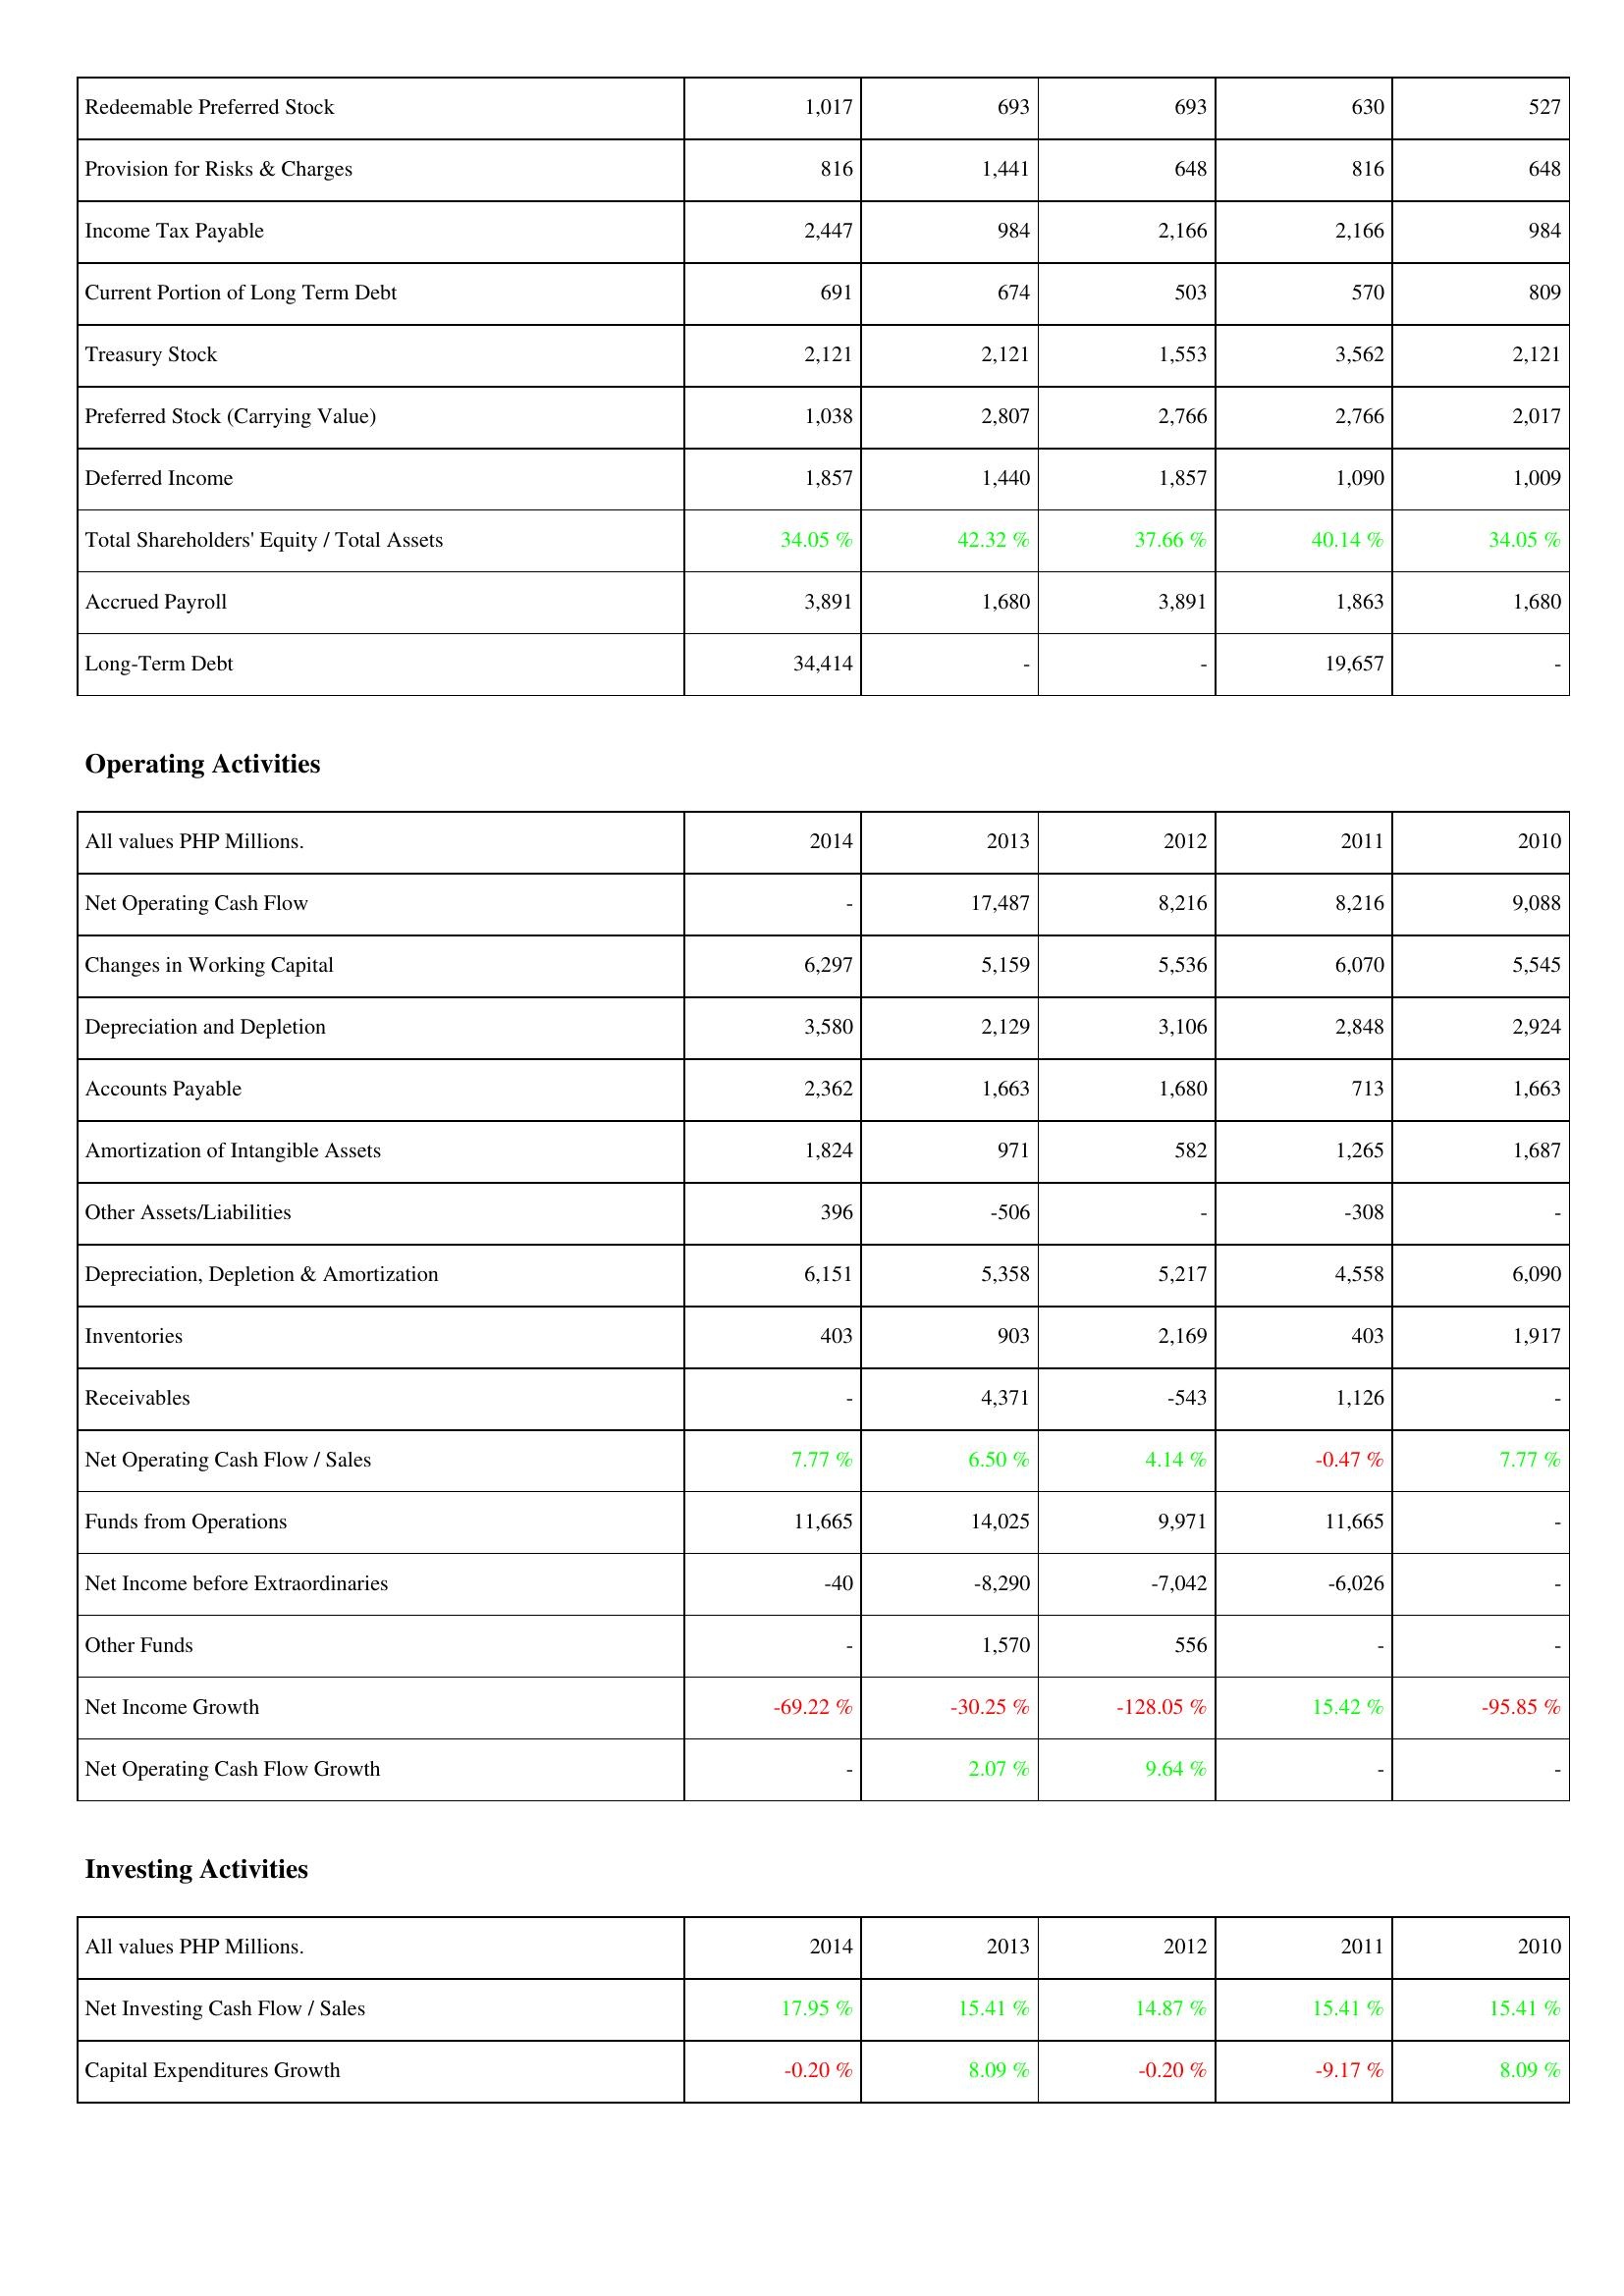
2014: Liabilities & Shareholders' Equity: Redeemable Preferred Stock: 1,017
Provision for Risks & Charges: 816
Income Tax Payable: 2,447
Current Portion of Long Term Debt: 691
Treasury Stock: 2,121
Preferred Stock (Carrying Value): 1,038
Deferred Income: 1,857
Total Shareholders' Equity / Total Assets: 34.05 %
Accrued Payroll: 3,891
Long-Term Debt: 34,414
Operating Activities: Net Operating Cash Flow: -
Changes in Working Capital: 6,297
Depreciation and Depletion: 3,580
Accounts Payable: 2,362
Amortization of Intangible Assets: 1,824
Other Assets/Liabilities: 396
Depreciation, Depletion & Amortization: 6,151
Inventories: 403
Receivables: -
Net Operating Cash Flow / Sales: 7.77 %
Funds from Operations: 11,665
Net Income before Extraordinaries: -40
Other Funds: -
Net Income Growth: -69.22 %
Net Operating Cash Flow Growth: -
Investing Activities: Net Investing Cash Flow / Sales: 17.95 %
Capital Expenditures Growth: -0.20 %
2013: Liabilities & Shareholders' Equity: Redeemable Preferred Stock: 693
Provision for Risks & Charges: 1,441
Income Tax Payable: 984
Current Portion of Long Term Debt: 674
Treasury Stock: 2,121
Preferred Stock (Carrying Value): 2,807
Deferred Income: 1,440
Total Shareholders' Equity / Total Assets: 42.32 %
Accrued Payroll: 1,680
Long-Term Debt: -
Operating Activities: Net Operating Cash Flow: 17,487
Changes in Working Capital: 5,159
Depreciation and Depletion: 2,129
Accounts Payable: 1,663
Amortization of Intangible Assets: 971
Other Assets/Liabilities: -506
Depreciation, Depletion & Amortization: 5,358
Inventories: 903
Receivables: 4,371
Net Operating Cash Flow / Sales: 6.50 %
Funds from Operations: 14,025
Net Income before Extraordinaries: -8,290
Other Funds: 1,570
Net Income Growth: -30.25 %
Net Operating Cash Flow Growth: 2.07 %
Investing Activities: Net Investing Cash Flow / Sales: 15.41 %
Capital Expenditures Growth: 8.09 %
2012: Liabilities & Shareholders' Equity: Redeemable Preferred Stock: 693
Provision for Risks & Charges: 648
Income Tax Payable: 2,166
Current Portion of Long Term Debt: 503
Treasury Stock: 1,553
Preferred Stock (Carrying Value): 2,766
Deferred Income: 1,857
Total Shareholders' Equity / Total Assets: 37.66 %
Accrued Payroll: 3,891
Long-Term Debt: -
Operating Activities: Net Operating Cash Flow: 8,216
Changes in Working Capital: 5,536
Depreciation and Depletion: 3,106
Accounts Payable: 1,680
Amortization of Intangible Assets: 582
Other Assets/Liabilities: -
Depreciation, Depletion & Amortization: 5,217
Inventories: 2,169
Receivables: -543
Net Operating Cash Flow / Sales: 4.14 %
Funds from Operations: 9,971
Net Income before Extraordinaries: -7,042
Other Funds: 556
Net Income Growth: -128.05 %
Net Operating Cash Flow Growth: 9.64 %
Investing Activities: Net Investing Cash Flow / Sales: 14.87 %
Capital Expenditures Growth: -0.20 %
2011: Liabilities & Shareholders' Equity: Redeemable Preferred Stock: 630
Provision for Risks & Charges: 816
Income Tax Payable: 2,166
Current Portion of Long Term Debt: 570
Treasury Stock: 3,562
Preferred Stock (Carrying Value): 2,766
Deferred Income: 1,090
Total Shareholders' Equity / Total Assets: 40.14 %
Accrued Payroll: 1,863
Long-Term Debt: 19,657
Operating Activities: Net Operating Cash Flow: 8,216
Changes in Working Capital: 6,070
Depreciation and Depletion: 2,848
Accounts Payable: 713
Amortization of Intangible Assets: 1,265
Other Assets/Liabilities: -308
Depreciation, Depletion & Amortization: 4,558
Inventories: 403
Receivables: 1,126
Net Operating Cash Flow / Sales: -0.47 %
Funds from Operations: 11,665
Net Income before Extraordinaries: -6,026
Other Funds: -
Net Income Growth: 15.42 %
Net Operating Cash Flow Growth: -
Investing Activities: Net Investing Cash Flow / Sales: 15.41 %
Capital Expenditures Growth: -9.17 %
2010: Liabilities & Shareholders' Equity: Redeemable Preferred Stock: 527
Provision for Risks & Charges: 648
Income Tax Payable: 984
Current Portion of Long Term Debt: 809
Treasury Stock: 2,121
Preferred Stock (Carrying Value): 2,017
Deferred Income: 1,009
Total Shareholders' Equity / Total Assets: 34.05 %
Accrued Payroll: 1,680
Long-Term Debt: -
Operating Activities: Net Operating Cash Flow: 9,088
Changes in Working Capital: 5,545
Depreciation and Depletion: 2,924
Accounts Payable: 1,663
Amortization of Intangible Assets: 1,687
Other Assets/Liabilities: -
Depreciation, Depletion & Amortization: 6,090
Inventories: 1,917
Receivables: -
Net Operating Cash Flow / Sales: 7.77 %
Funds from Operations: -
Net Income before Extraordinaries: -
Other Funds: -
Net Income Growth: -95.85 %
Net Operating Cash Flow Growth: -
Investing Activities: Net Investing Cash Flow / Sales: 15.41 %
Capital Expenditures Growth: 8.09 %